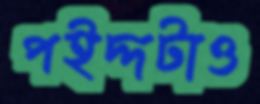
পইদ্দটাও